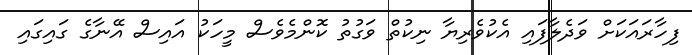
ފިހާރައަކަށް ވަދެލާފައި އެކުވެރިޔާ ނިކުތް ވަގުތު ކޮންމެވެސް މީހަކު އައިސް އޭނާގެ ގައިގައި